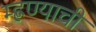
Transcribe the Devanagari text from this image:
म्ह्णण्याची